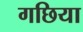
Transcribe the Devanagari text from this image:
गछिया